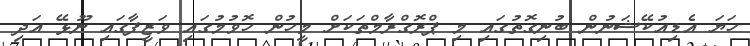
ހަޔަ އެޑިއުކޭޝަނުން ބުނިގޮތުގައި މި ޕްރޮގްރާމްތަކަށް މީހުން ހޮވުމުގައި ވަޒީފާގައި ނޫޅޭ އަދި